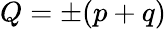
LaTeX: Q=\pm(p+q)